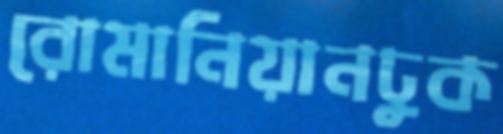
রোমানিয়ানঢুক